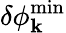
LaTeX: \delta\phi_{\mathbf{k}}^{\operatorname*{min}}